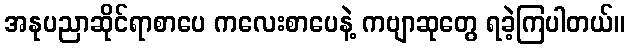
အနုပညာဆိုင်ရာစာပေ ကလေးစာပေနဲ့ ကဗျာဆုတွေ ရခဲ့ကြပါတယ်။